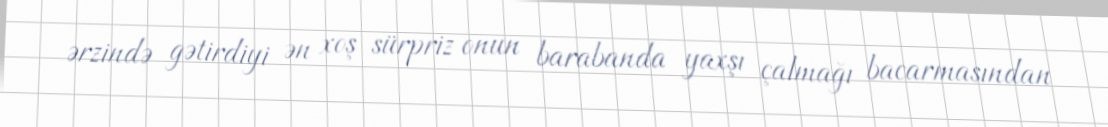
ərzində gətirdiyi ən xoş sürpriz onun barabanda yaxşı çalmağı bacarmasından